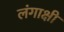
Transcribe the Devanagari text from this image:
लंगाक्षी